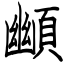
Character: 䫜